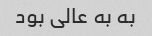
به به عالی بود